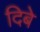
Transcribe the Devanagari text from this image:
दिबे